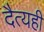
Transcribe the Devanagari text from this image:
दैत्यही